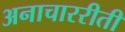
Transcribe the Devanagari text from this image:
अनाचाररीती